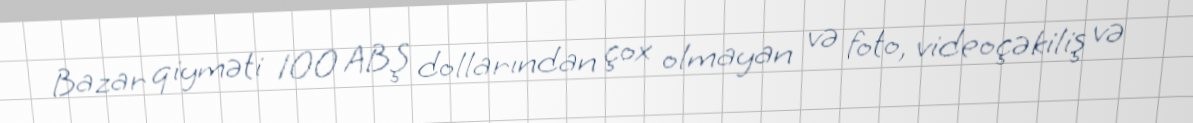
Bazar qiyməti 100 ABŞ dollarından çox olmayan və foto, videoçəkiliş və